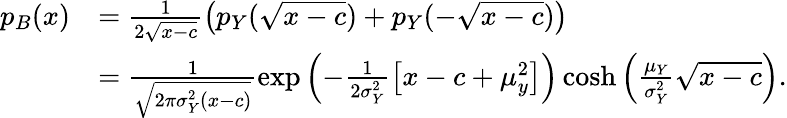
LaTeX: \begin{array}{rl}{p_{B}(x)}&{=\frac{1}{2\sqrt{x-c}}\left(p_{Y}(\sqrt{x-c})+p_{Y}(-\sqrt{x-c})\right)}\\ &{=\frac{1}{\sqrt{2\pi\sigma_{Y}^{2}\left(x-c\right)}}\exp{\left(-\frac{1}{2\sigma_{Y}^{2}}\left[x-c+\mu_{y}^{2}\right]\right)}\cosh{\left(\frac{\mu_{Y}}{\sigma_{Y}^{2}}\sqrt{x-c}\right)}.}\end{array}